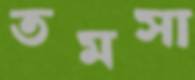
তমসা